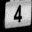
Digit: 4